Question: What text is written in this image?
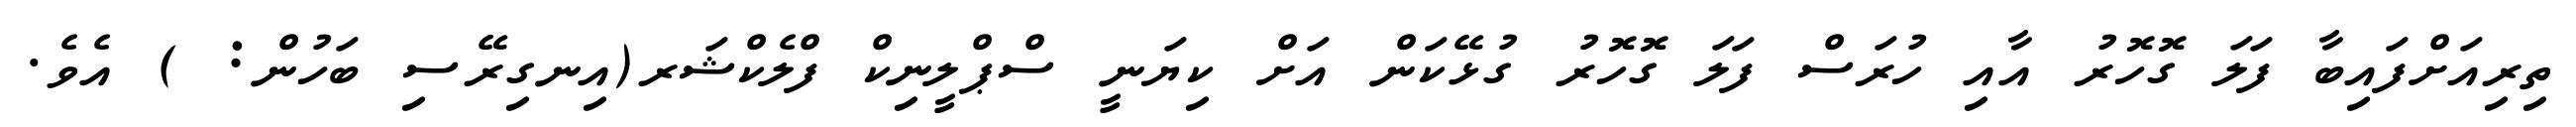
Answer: ތިރިއަށްފައިބާ ފަލަ ގޮހޮރު އާއި ހުރަސް ފަލަ ގޮހޮރު ގުޅޭކަން އަށް ކިޔަނީ ސްޕްލީނިކް ފްލެކްޝަރ(އިނގިރޭސި ބަހުން: ) އެވެ.